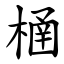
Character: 㮭